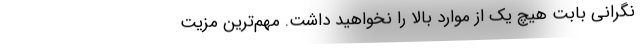
نگرانی بابت هیچ ‌یک از موارد بالا را نخواهید داشت. مهم‌ترین مزیت